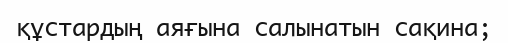
құстардың аяғына салынатын сақина;